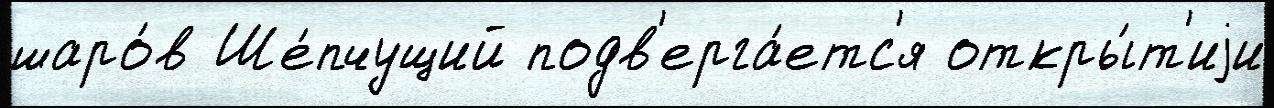
шаро́в Ше́пчущий подв'ерга́етс'я откры́т'иjи